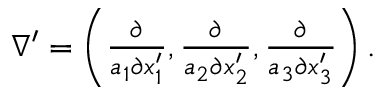
\begin{array} { r } { \nabla ^ { \prime } = \left( \frac { \partial } { a _ { 1 } \partial x _ { 1 } ^ { \prime } } , \frac { \partial } { a _ { 2 } \partial x _ { 2 } ^ { \prime } } , \frac { \partial } { a _ { 3 } \partial x _ { 3 } ^ { \prime } } \right) . } \end{array}